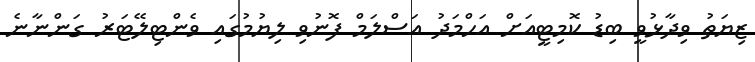
ޒިޔަތު ވިދާޅުވީ ބިޑު ކޮމިޓީއަށް އަހްމަދު އަސްލަމް ފޮނުވި ލިޔުމުގައި ވެންޓިލޭޓަރު ގަންނާނެ